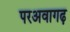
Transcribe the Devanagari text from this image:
परअवागढ़